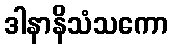
ဒါနာနိသံသကော